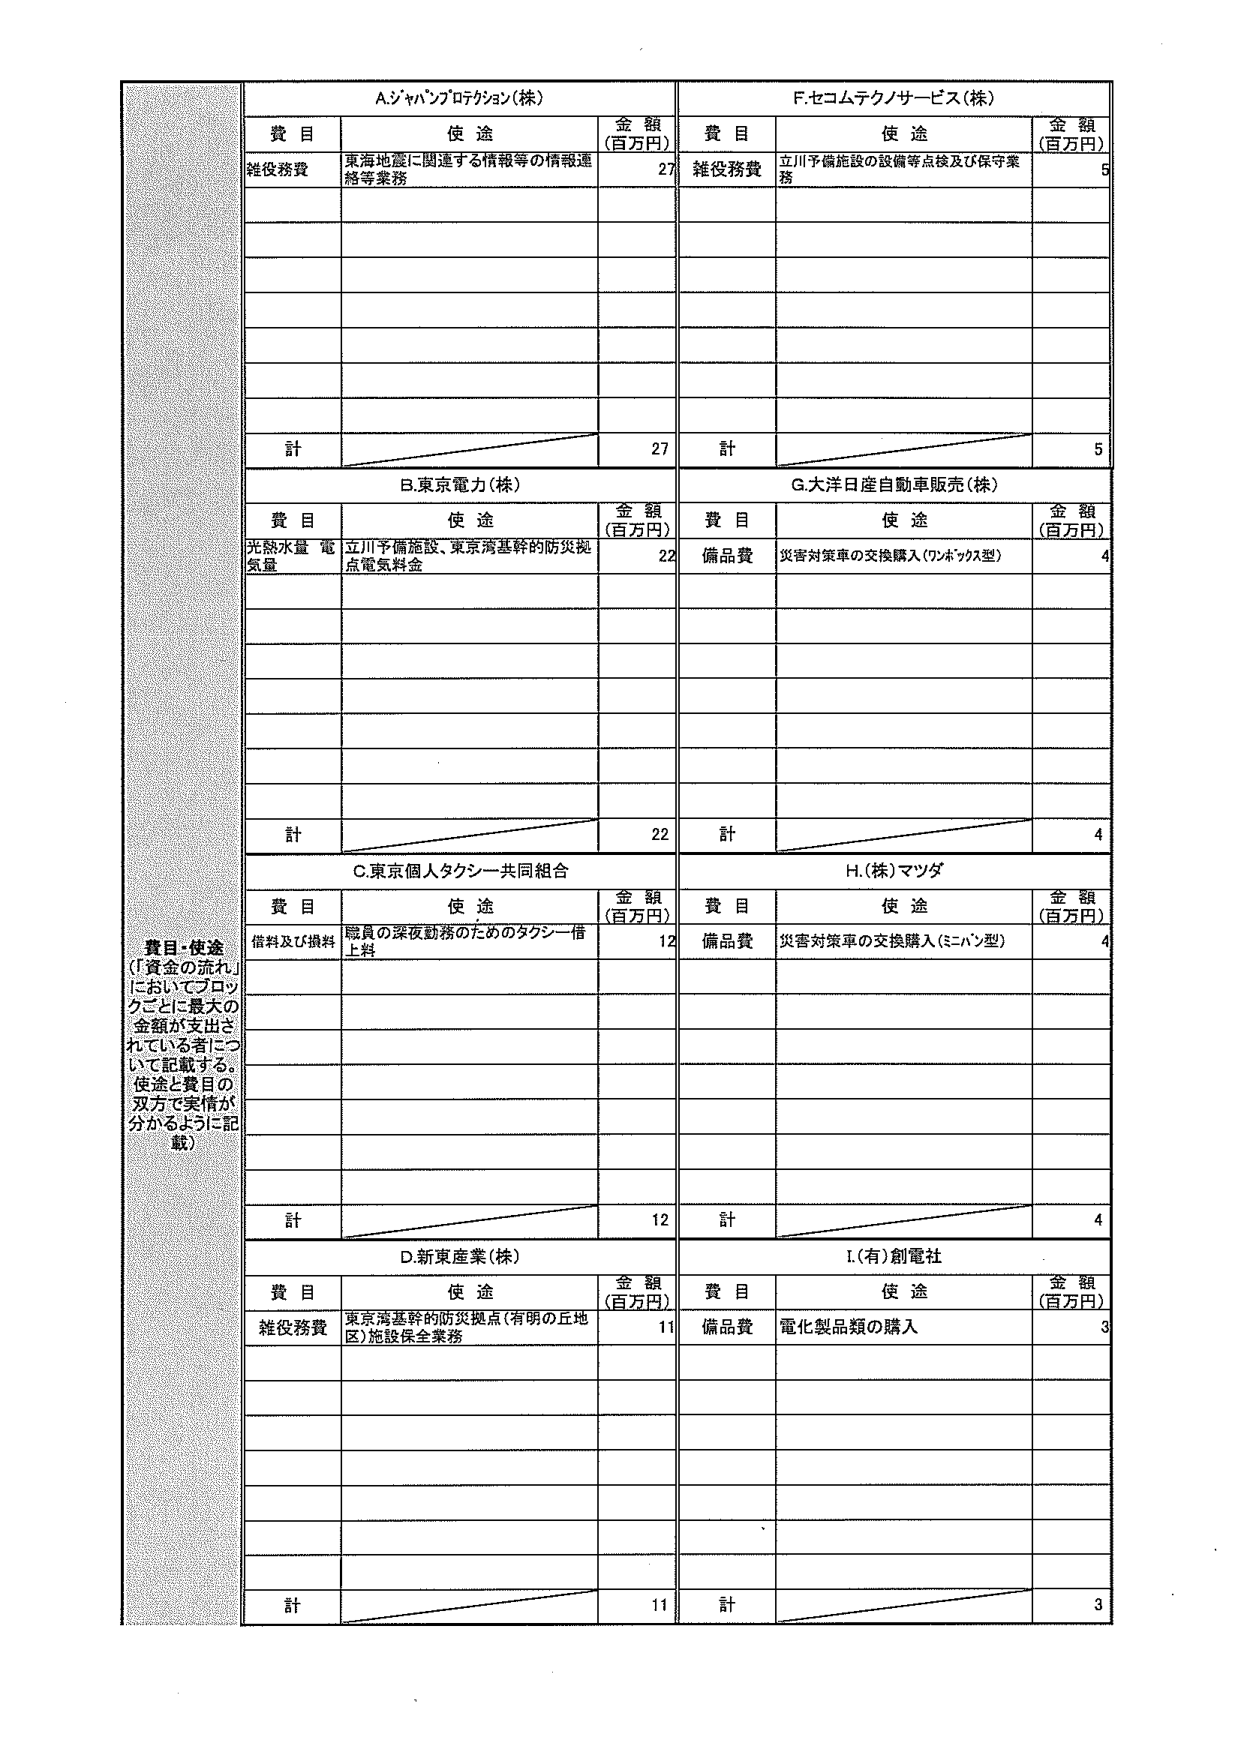
費目・使途
（「資金の流れ」
においてブロックごとに最大の
金額が支出されている者につ
いて記載する。
使途と費目の
双方で実情が
分かるように記
載）

A.ジャパンプロテクション（株）
費目　　　　　　　　　　　使途　　　　　　　　　　　金額（百万円）
雑役務費　　　　　　　東海地震に関連する情報等の情報連絡等業務　　　　　27
計　　　　　　　　　　　　　　　　　　　　　　　　　　　　　　27

B.東京電力（株）
費目　　　　　　　　　　　使途　　　　　　　　　　　金額（百万円）
光熱水道・電気量　　　立川予備施設、東京湾基幹的防災拠点電気料金　　　22
計　　　　　　　　　　　　　　　　　　　　　　　　　　　　　　22

C.東京個人タクシー共同組合
費目　　　　　　　　　　　使途　　　　　　　　　　　金額（百万円）
借料及び損料　　　　職員の深夜勤務のためのタクシー借上料　　　　　12
計　　　　　　　　　　　　　　　　　　　　　　　　　　　　　　12

D.新東産業（株）
費目　　　　　　　　　　　使途　　　　　　　　　　　金額（百万円）
雑役務費　　　　　東京湾基幹的防災拠点（有明の丘地区）施設保全業務　　　11
計　　　　　　　　　　　　　　　　　　　　　　　　　　　　　　11

F.セコムテクノサービス（株）
費目　　　　　　　　　　　使途　　　　　　　　　　　金額（百万円）
雑役務費　　　　　立川予備施設の設備等点検及び保守業務　　　　　5
計　　　　　　　　　　　　　　　　　　　　　　　　　　　　　　5

G.大洋日産自動車販売（株）
費目　　　　　　　　　　　使途　　　　　　　　　　　金額（百万円）
備品費　　　　　　災害対策車の交換購入（ワンボックス型）　　　4
計　　　　　　　　　　　　　　　　　　　　　　　　　　　　　　4

H.（株）マツダ
費目　　　　　　　　　　　使途　　　　　　　　　　　金額（百万円）
備品費　　　　　　災害対策車の交換購入（ミニバン型）　　　4
計　　　　　　　　　　　　　　　　　　　　　　　　　　　　　　4

I.（有）創電社
費目　　　　　　　　　　　使途　　　　　　　　　　　金額（百万円）
備品費　　　　　　電化製品類の購入　　　　　　　　　　　3
計　　　　　　　　　　　　　　　　　　　　　　　　　　　　　　3